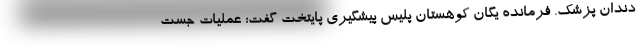
دندان پزشک. فرمانده یگان کوهستان پلیس پیشگیری پایتخت گفت: عملیات جست